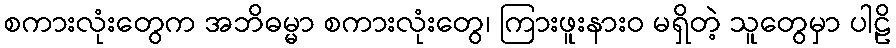
စကားလုံးတွေက အဘိဓမ္မာ စကားလုံးတွေ၊ ကြားဖူးနားဝ မရှိတဲ့ သူတွေမှာ ပါဠိ